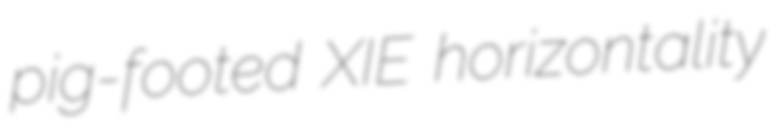
pig-footed XIE horizontality